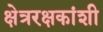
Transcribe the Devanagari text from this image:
क्षेत्ररक्षकांशी